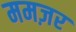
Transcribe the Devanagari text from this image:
ममज़र